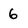
Character: 6